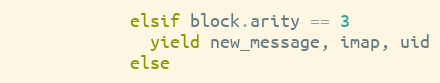
Language: Ruby
            elsif block.arity == 3
              yield new_message, imap, uid
            else